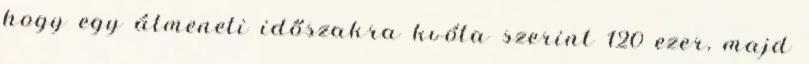
hogy egy átmeneti időszakra kvóta szerint 120 ezer, majd